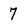
Character: 7